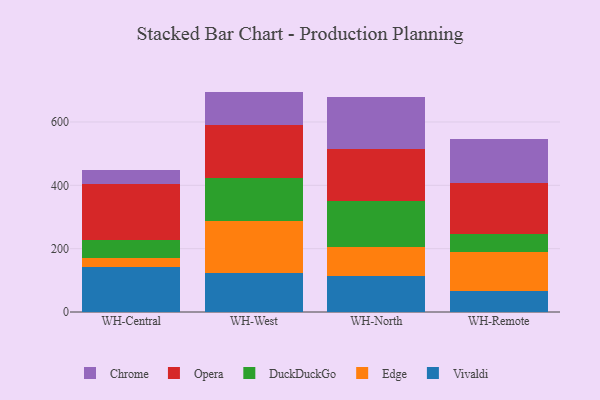
{"axis": {"x": "Warehouse", "y": "Backlog"}, "legend": ["Chrome", "DuckDuckGo", "Edge", "Opera", "Vivaldi"], "data": [{"x": "WH-Central", "y": 142.1, "type": "Vivaldi"}, {"x": "WH-Central", "y": 27.9, "type": "Edge"}, {"x": "WH-Central", "y": 57.9, "type": "DuckDuckGo"}, {"x": "WH-Central", "y": 176.0, "type": "Opera"}, {"x": "WH-Central", "y": 43.0, "type": "Chrome"}, {"x": "WH-West", "y": 122.9, "type": "Vivaldi"}, {"x": "WH-West", "y": 165.3, "type": "Edge"}, {"x": "WH-West", "y": 135.0, "type": "DuckDuckGo"}, {"x": "WH-West", "y": 167.8, "type": "Opera"}, {"x": "WH-West", "y": 104.9, "type": "Chrome"}, {"x": "WH-North", "y": 113.6, "type": "Vivaldi"}, {"x": "WH-North", "y": 91.9, "type": "Edge"}, {"x": "WH-North", "y": 144.6, "type": "DuckDuckGo"}, {"x": "WH-North", "y": 165.0, "type": "Opera"}, {"x": "WH-North", "y": 165.2, "type": "Chrome"}, {"x": "WH-Remote", "y": 66.1, "type": "Vivaldi"}, {"x": "WH-Remote", "y": 121.9, "type": "Edge"}, {"x": "WH-Remote", "y": 59.7, "type": "DuckDuckGo"}, {"x": "WH-Remote", "y": 160.9, "type": "Opera"}, {"x": "WH-Remote", "y": 136.3, "type": "Chrome"}]}